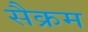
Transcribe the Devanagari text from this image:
सैक्रम